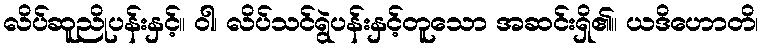
လိပ်ဆူညိုပန်းနှင့်။ ဝါ၊ လိပ်သင်ရွဲပန်းနှင့်တူသော အဆင်းရှိ၏။ ယဒိဟောတိ၊